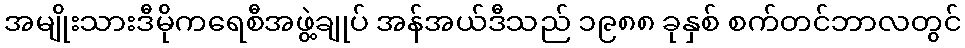
အမျိုးသားဒီမိုကရေစီအဖွဲ့ချုပ် အန်အယ်ဒီသည် ၁၉၈၈ ခုနှစ် စက်တင်ဘာလတွင်